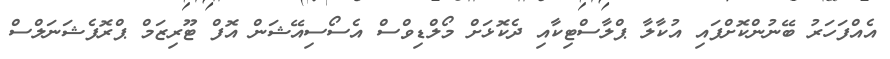
އެއްފަހަރު ބޭނުންކޮށްފައި އުކާލާ ޕްލާސްޓިކާއި ދެކޮޅަށް މޯލްޑިވްސް އެސޯސިއޭޝަން އޮފް ޓޫރިޒަމް ޕްރޮފެޝަނަލްސް